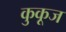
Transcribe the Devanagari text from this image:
कुकूज